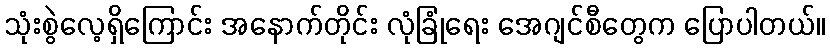
သုံးစွဲလေ့ရှိကြောင်း အနောက်တိုင်း လုံခြုံရေး အေဂျင်စီတွေက ပြောပါတယ်။